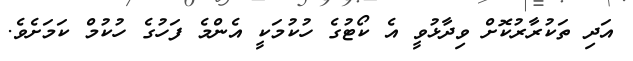
އަދި ތަކުރާރުކޮށް ވިދާޅުވީ އެ ކޯޓުގެ ހުކުމަކީ އެންމެ ފަހުގެ ހުކުމް ކަމަށެވެ.